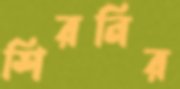
শিরনির